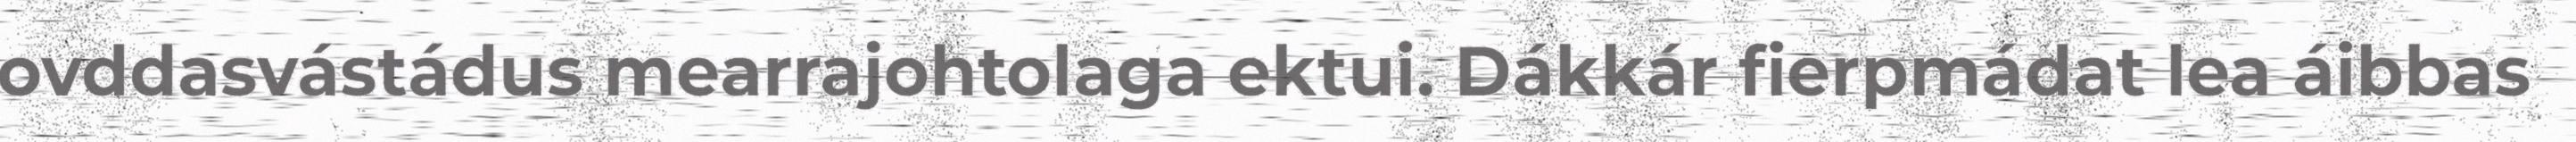
ovddasvástádus mearrajohtolaga ektui. Dákkár fierpmádat lea áibbas